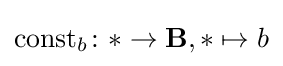
\operatorname {const} _{b}\colon \ast \to \mathbf {B} ,\ast \mapsto b